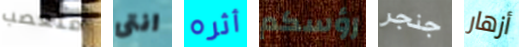
متعصب انتى أثره رؤسكم جنجر أزهار